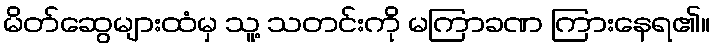
မိတ်ဆွေများထံမှ သူ့ သတင်းကို မကြာခဏ ကြားနေရ၏။